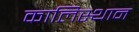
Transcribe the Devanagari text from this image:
कालिस्थान